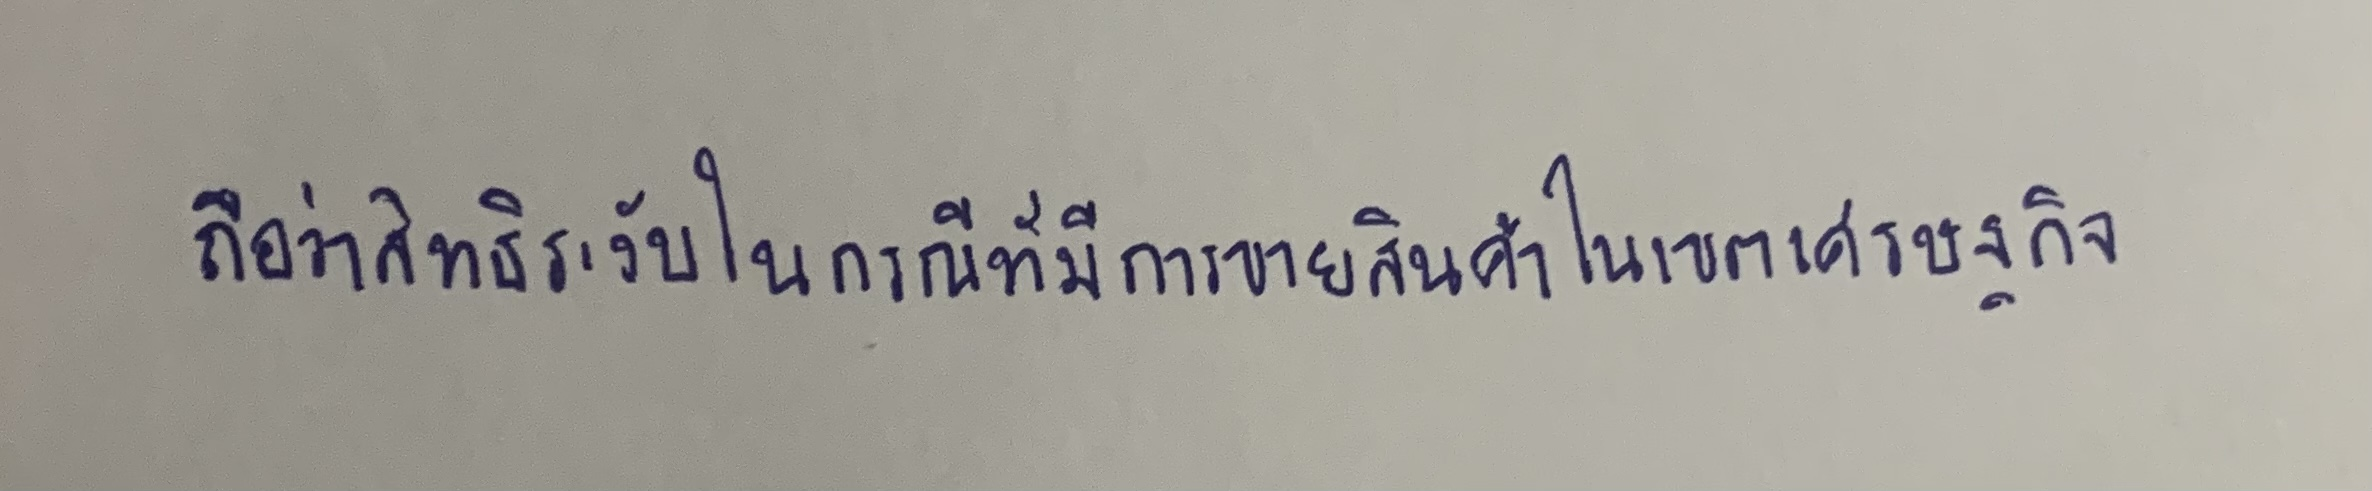
ถือว่าสิทธิระงับไปในกรณีที่มีการขายสินค้าในเขตเศรษฐกิจ